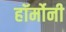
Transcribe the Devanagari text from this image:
हॉर्मोनी